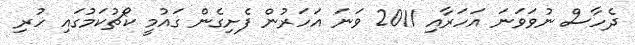
ދެހާސް ނުވަވަނަ އަހަރާއި 2011 ވަނަ އަހަރުން ފެށިގެން ގައުމީ ކޯޗުކަމުގައި ހުރި